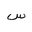
Letter: _sin